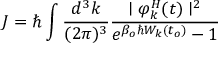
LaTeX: J = \hbar \int \frac { d ^ { 3 } k } { ( 2 \pi ) ^ { 3 } } \frac { \mid \varphi _ { k } ^ { H } ( t ) \mid ^ { 2 } } { e ^ { \beta _ { o } \hbar { \cal { W } } _ { k } ( t _ { o } ) } - 1 }